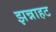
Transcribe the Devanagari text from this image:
झन्नाहट